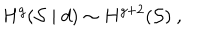
LaTeX: H ^ { g } ( { \cal S } \mid d ) \sim H ^ { g + 2 } ( { \cal S } ) \ ,